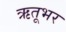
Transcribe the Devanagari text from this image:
ऋतूभर